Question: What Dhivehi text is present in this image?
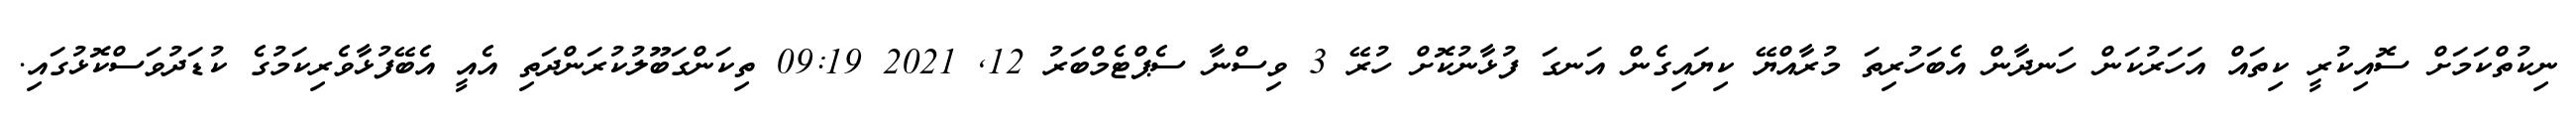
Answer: ނިކުތްކަމަށް ސޮއިކުރީ ކިތައް އަހަރުކަން ހަނދާން އެބަހުރިތަ މުރާއްޔޭ ކިޔައިގެން އަނގަ ފުޅާނުކޮށް ހުރޭ 3 ވިސްނާ ސެޕްޓެމްބަރު 12, 2021 09:19 ތިކަންގަބޫލުކުރަންދަތި އެއީ އެބޭފުޅާވެރިކަމުގެ ކުޑަދުވަސްކޮޅުގައި.